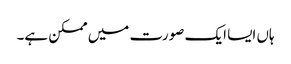
ہاں ایسا ایک صورت میں ممکن ہے۔